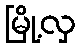
မြို့လှ